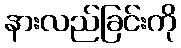
နားလည်ခြင်းကို